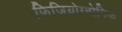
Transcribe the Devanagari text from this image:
फिजियोग्नोमिक